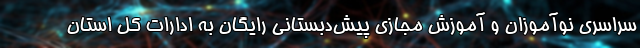
سراسری نوآموزان و آموزش مجازی پیش‌دبستانی رایگان به ادارات کل استان